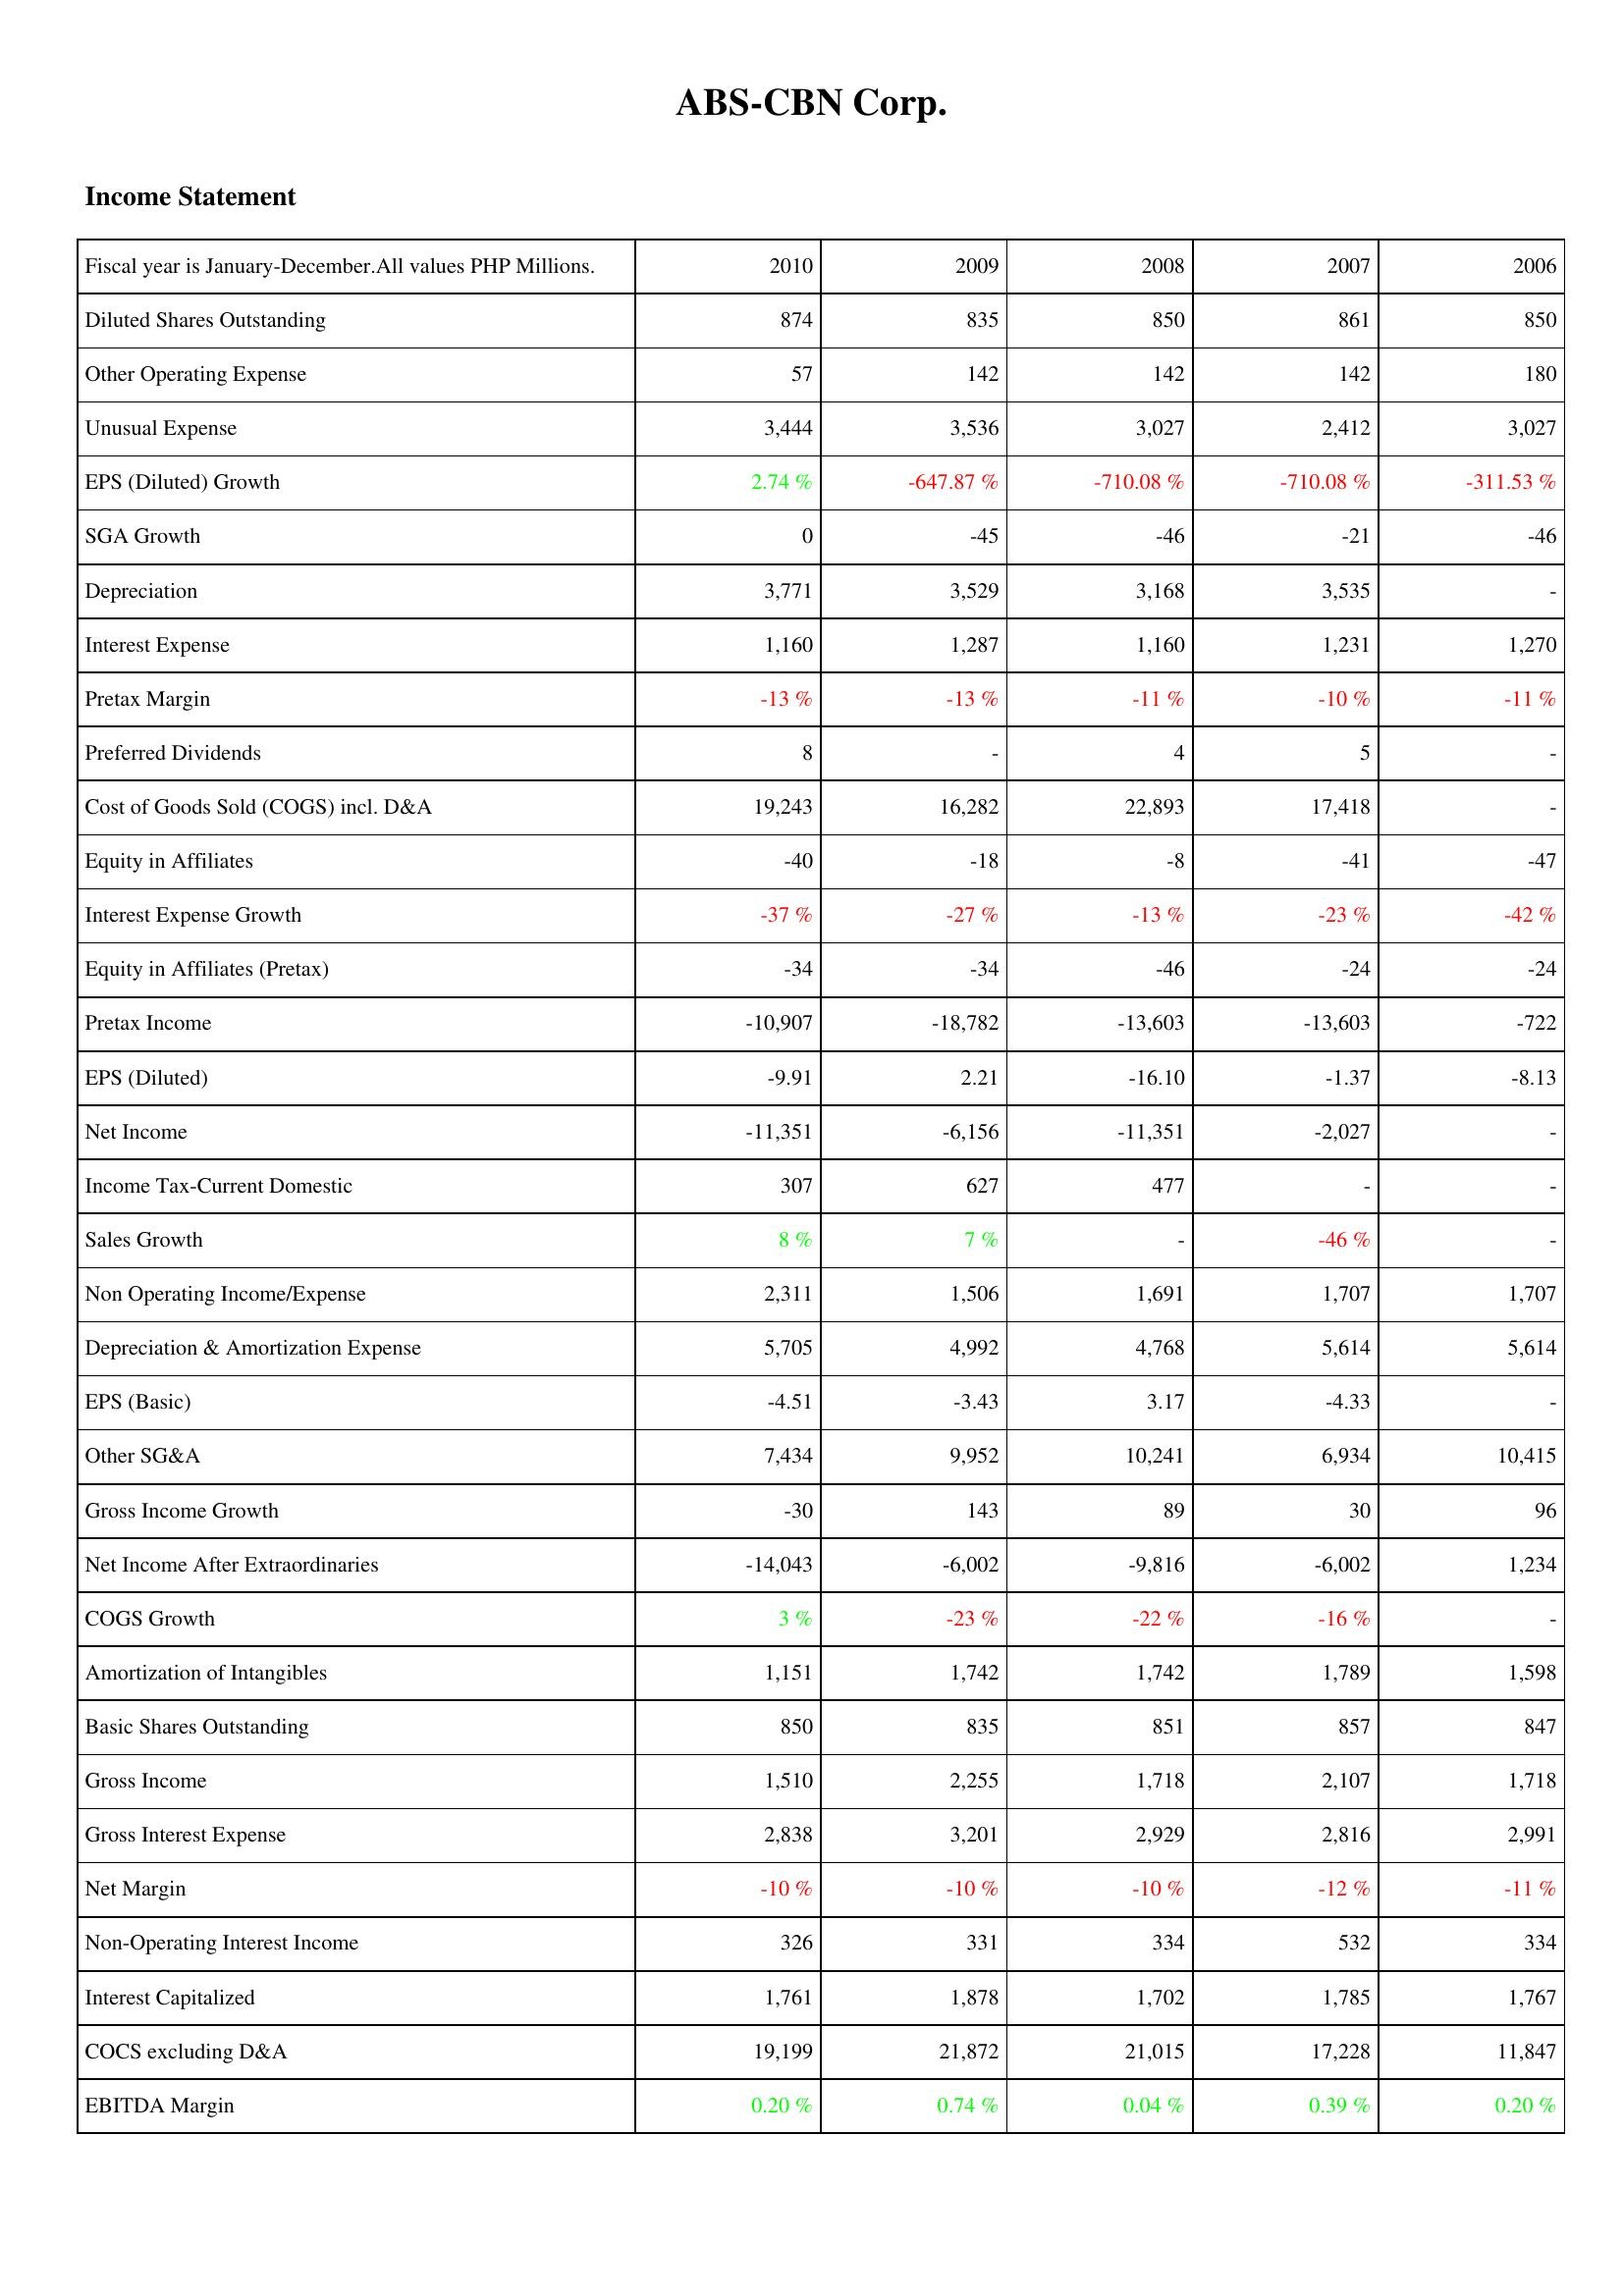
2010: Income Statement: Diluted Shares Outstanding: 874
Other Operating Expense: 57
Unusual Expense: 3,444
EPS (Diluted) Growth: 2.74 %
SGA Growth: 0
Depreciation: 3,771
Interest Expense: 1,160
Pretax Margin: -13 %
Preferred Dividends: 8
Cost of Goods Sold (COGS) incl. D&A: 19,243
Equity in Affiliates: -40
Interest Expense Growth: -37 %
Equity in Affiliates (Pretax): -34
Pretax Income: -10,907
EPS (Diluted): -9.91
Net Income: -11,351
Income Tax-Current Domestic: 307
Sales Growth: 8 %
Non Operating Income/Expense: 2,311
Depreciation & Amortization Expense: 5,705
EPS (Basic): -4.51
Other SG&A: 7,434
Gross Income Growth: -30
Net Income After Extraordinaries: -14,043
COGS Growth: 3 %
Amortization of Intangibles: 1,151
Basic Shares Outstanding: 850
Gross Income: 1,510
Gross Interest Expense: 2,838
Net Margin: -10 %
Non-Operating Interest Income: 326
Interest Capitalized: 1,761
COCS excluding D&A: 19,199
EBITDA Margin: 0.20 %
2009: Income Statement: Diluted Shares Outstanding: 835
Other Operating Expense: 142
Unusual Expense: 3,536
EPS (Diluted) Growth: -647.87 %
SGA Growth: -45
Depreciation: 3,529
Interest Expense: 1,287
Pretax Margin: -13 %
Preferred Dividends: -
Cost of Goods Sold (COGS) incl. D&A: 16,282
Equity in Affiliates: -18
Interest Expense Growth: -27 %
Equity in Affiliates (Pretax): -34
Pretax Income: -18,782
EPS (Diluted): 2.21
Net Income: -6,156
Income Tax-Current Domestic: 627
Sales Growth: 7 %
Non Operating Income/Expense: 1,506
Depreciation & Amortization Expense: 4,992
EPS (Basic): -3.43
Other SG&A: 9,952
Gross Income Growth: 143
Net Income After Extraordinaries: -6,002
COGS Growth: -23 %
Amortization of Intangibles: 1,742
Basic Shares Outstanding: 835
Gross Income: 2,255
Gross Interest Expense: 3,201
Net Margin: -10 %
Non-Operating Interest Income: 331
Interest Capitalized: 1,878
COCS excluding D&A: 21,872
EBITDA Margin: 0.74 %
2008: Income Statement: Diluted Shares Outstanding: 850
Other Operating Expense: 142
Unusual Expense: 3,027
EPS (Diluted) Growth: -710.08 %
SGA Growth: -46
Depreciation: 3,168
Interest Expense: 1,160
Pretax Margin: -11 %
Preferred Dividends: 4
Cost of Goods Sold (COGS) incl. D&A: 22,893
Equity in Affiliates: -8
Interest Expense Growth: -13 %
Equity in Affiliates (Pretax): -46
Pretax Income: -13,603
EPS (Diluted): -16.10
Net Income: -11,351
Income Tax-Current Domestic: 477
Sales Growth: -
Non Operating Income/Expense: 1,691
Depreciation & Amortization Expense: 4,768
EPS (Basic): 3.17
Other SG&A: 10,241
Gross Income Growth: 89
Net Income After Extraordinaries: -9,816
COGS Growth: -22 %
Amortization of Intangibles: 1,742
Basic Shares Outstanding: 851
Gross Income: 1,718
Gross Interest Expense: 2,929
Net Margin: -10 %
Non-Operating Interest Income: 334
Interest Capitalized: 1,702
COCS excluding D&A: 21,015
EBITDA Margin: 0.04 %
2007: Income Statement: Diluted Shares Outstanding: 861
Other Operating Expense: 142
Unusual Expense: 2,412
EPS (Diluted) Growth: -710.08 %
SGA Growth: -21
Depreciation: 3,535
Interest Expense: 1,231
Pretax Margin: -10 %
Preferred Dividends: 5
Cost of Goods Sold (COGS) incl. D&A: 17,418
Equity in Affiliates: -41
Interest Expense Growth: -23 %
Equity in Affiliates (Pretax): -24
Pretax Income: -13,603
EPS (Diluted): -1.37
Net Income: -2,027
Income Tax-Current Domestic: -
Sales Growth: -46 %
Non Operating Income/Expense: 1,707
Depreciation & Amortization Expense: 5,614
EPS (Basic): -4.33
Other SG&A: 6,934
Gross Income Growth: 30
Net Income After Extraordinaries: -6,002
COGS Growth: -16 %
Amortization of Intangibles: 1,789
Basic Shares Outstanding: 857
Gross Income: 2,107
Gross Interest Expense: 2,816
Net Margin: -12 %
Non-Operating Interest Income: 532
Interest Capitalized: 1,785
COCS excluding D&A: 17,228
EBITDA Margin: 0.39 %
2006: Income Statement: Diluted Shares Outstanding: 850
Other Operating Expense: 180
Unusual Expense: 3,027
EPS (Diluted) Growth: -311.53 %
SGA Growth: -46
Depreciation: -
Interest Expense: 1,270
Pretax Margin: -11 %
Preferred Dividends: -
Cost of Goods Sold (COGS) incl. D&A: -
Equity in Affiliates: -47
Interest Expense Growth: -42 %
Equity in Affiliates (Pretax): -24
Pretax Income: -722
EPS (Diluted): -8.13
Net Income: -
Income Tax-Current Domestic: -
Sales Growth: -
Non Operating Income/Expense: 1,707
Depreciation & Amortization Expense: 5,614
EPS (Basic): -
Other SG&A: 10,415
Gross Income Growth: 96
Net Income After Extraordinaries: 1,234
COGS Growth: -
Amortization of Intangibles: 1,598
Basic Shares Outstanding: 847
Gross Income: 1,718
Gross Interest Expense: 2,991
Net Margin: -11 %
Non-Operating Interest Income: 334
Interest Capitalized: 1,767
COCS excluding D&A: 11,847
EBITDA Margin: 0.20 %